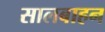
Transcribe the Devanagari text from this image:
सालबाहन